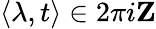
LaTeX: \langle\lambda,t\rangle\in 2\pi i\mathbf{Z}